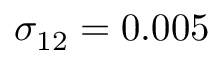
\sigma _ { 1 2 } = 0 . 0 0 5